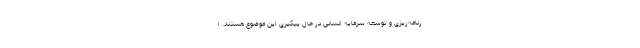
رنامه‌ریزی و توسعه سرمایه انسانی در حال پیگیری این موضوع هستند. ا